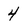
Character: 4